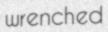
wrenched